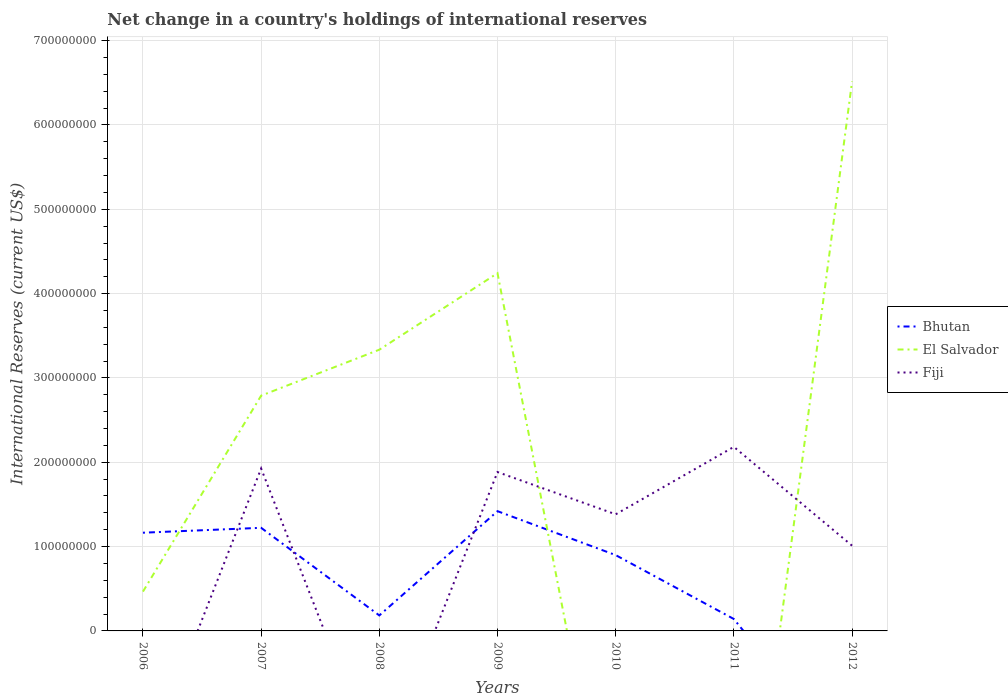
| Years | Bhutan | El Salvador | Fiji |
 | --- | --- | --- | --- |
 | 2006 | 1.16e+08 | 4.66e+07 | -1.66e+08 |
 | 2007 | 1.22e+08 | 2.79e+08 | 1.93e+08 |
 | 2008 | 1.84e+07 | 3.33e+08 | -1.67e+08 |
 | 2009 | 1.42e+08 | 4.24e+08 | 1.88e+08 |
 | 2010 | 8.99e+07 | -2.97e+08 | 1.38e+08 |
 | 2011 | 1.41e+07 | -4.14e+08 | 2.18e+08 |
 | 2012 | -1.59e+08 | 6.52e+08 | 1.01e+08 |